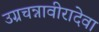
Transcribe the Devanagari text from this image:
उग्रचन्नावीरादेवा